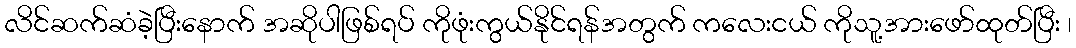
လိင်ဆက်ဆံခဲ့ပြီးနောက် အဆိုပါဖြစ်ရပ် ကိုဖုံးကွယ်နိုင်ရန်အတွက် ကလေးငယ် ကိုသူ့အားဖော်ထုတ်ပြီး ၊